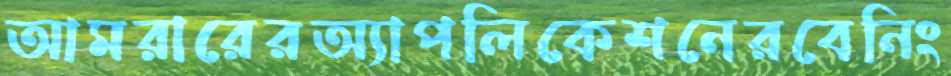
আমরারেরঅ্যাপলিকেশনেরবেনিং